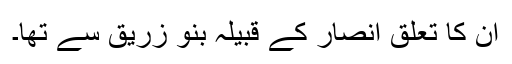
ان کا تعلق انصار کے قبیلہ بنو زُرَیْق سے تھا۔